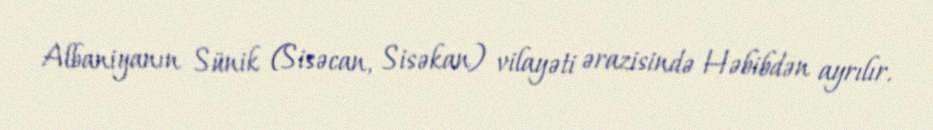
Albaniyanın Sünik (Sisəcan, Sisəkan) vilayəti ərazisində Həbibdən ayrılır.